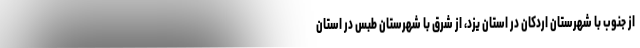
از جنوب با شهرستان اردکان در استان یزد، از شرق با شهرستان طبس در استان